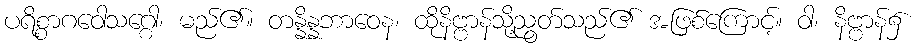
ပရိစ္စာဂဝေါသဂ္ဂေါ၊ မည်၏။ တန္နိန္နဘာဝေန၊ ထိုနိဗ္ဗာန်သို့ညွတ်သည်၏ အဖြစ်ကြောင့်။ ဝါ၊ နိဗ္ဗာန်၌